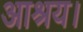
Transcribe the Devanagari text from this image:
आश्रय।